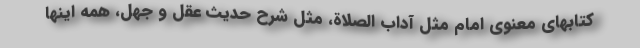
کتابهای معنوی امام مثل آداب الصلاة، مثل شرح حدیث عقل و جهل، همه اینها